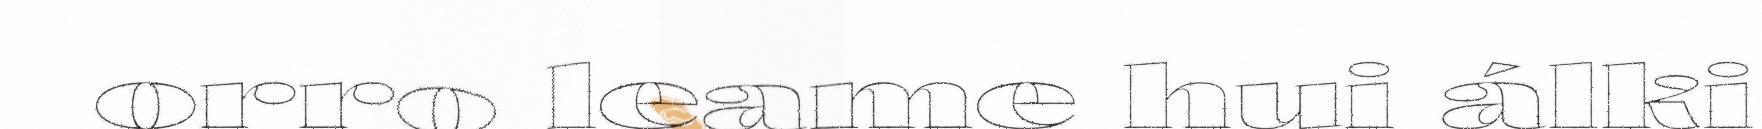
orro leame hui álki